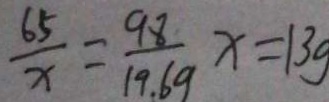
\frac { 6 5 } { x } = \frac { 9 8 } { 1 9 . 6 g } x = 1 3 g